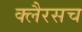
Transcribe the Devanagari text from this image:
क्लैरसच